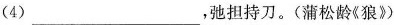
（4）____,弛担持刀。（蒲松龄《狼》）